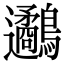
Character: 𪈄